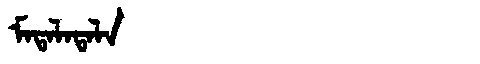
Manchu: ᠮᠠᡨᠠᠯᠠᡨᠠᠯᠠ
Romanization: MATALATALA